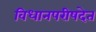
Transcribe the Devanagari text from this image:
विधानपरीषदेत